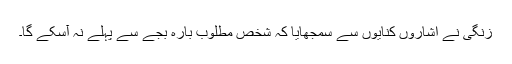
زنگی نے اشاروں کنایوں سے سمجھایا کہ شخصِ مطلوب بارہ بجے سے پہلے نہ آسکے گا۔